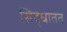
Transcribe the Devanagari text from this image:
सिद्धातत